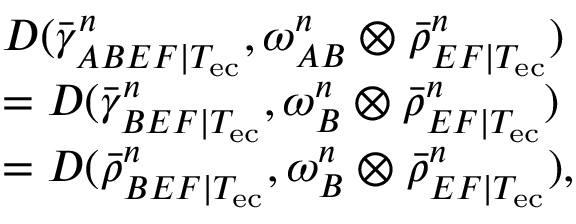
\begin{array} { r l } & { D ( \bar { \gamma } _ { A B E F | T _ { \mathrm { e c } } } ^ { n } , \omega _ { A B } ^ { n } \otimes \bar { \rho } _ { E F | T _ { \mathrm { e c } } } ^ { n } ) } \\ & { = D ( \bar { \gamma } _ { B E F | T _ { \mathrm { e c } } } ^ { n } , \omega _ { B } ^ { n } \otimes \bar { \rho } _ { E F | T _ { \mathrm { e c } } } ^ { n } ) } \\ & { = D ( \bar { \rho } _ { B E F | T _ { \mathrm { e c } } } ^ { n } , \omega _ { B } ^ { n } \otimes \bar { \rho } _ { E F | T _ { \mathrm { e c } } } ^ { n } ) , } \end{array}